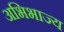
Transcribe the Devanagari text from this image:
अभिभाज्य